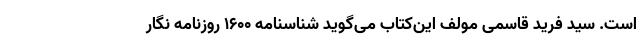
است. سید فرید قاسمی مولف این‌کتاب می‌گوید شناسنامه ۱۶۰۰ روزنامه نگار